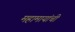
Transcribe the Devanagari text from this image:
महामायांची